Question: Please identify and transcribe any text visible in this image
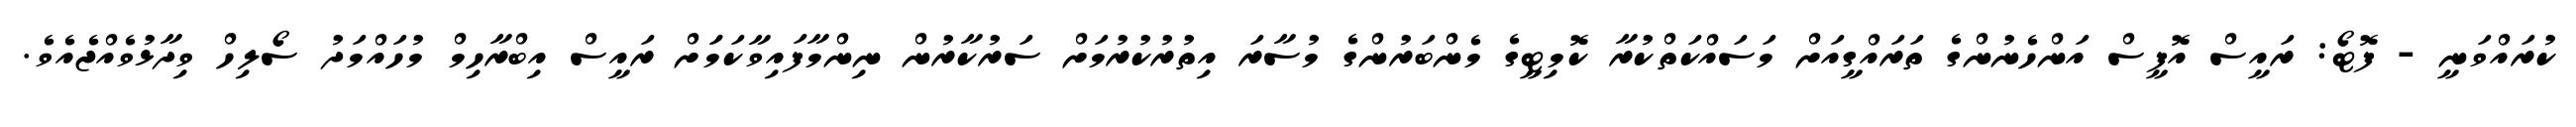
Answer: ކުރައްވަނީ - ފޮޓޯ: ރައީސް އޮފީސް އަންހެނުންގެ ތަރައްގީއަށް މަސައްކަތްކުރާ ކޮމިޓީގެ މެންބަރުންގެ މުސާރަ އިތުރުކުރުމަށް ސަރުކާރުން ނިންމާފައިވާކަމަަށް ރައީސް އިބްރާހިމް މުހައްމަދު ސޯލިހް ވިދާޅުވެއްޖެއެވެ.